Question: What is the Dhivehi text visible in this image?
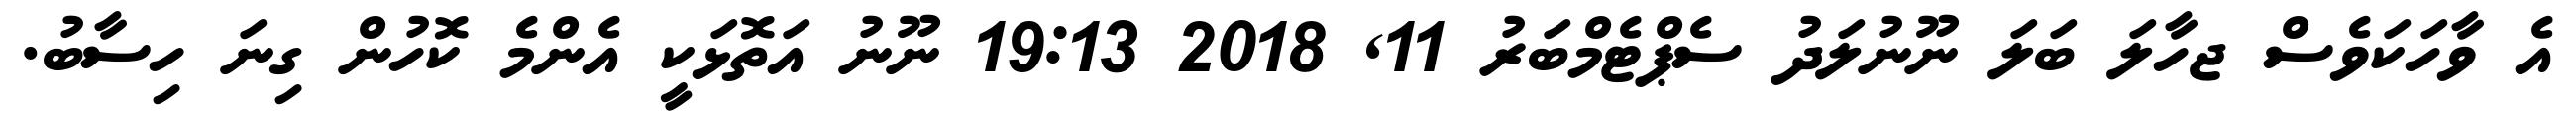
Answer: އެ ވާހަކަވެސް ޖހާލަ ބަލަ ނޫނުލަދު ސެޕްޓެމްބަރު 11, 2018 19:13 ނޫނު އަތޮޅަކީ އެންމެ ކޮހުން ގިނަ ހިސާބު.